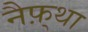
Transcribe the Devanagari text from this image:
नैफ़्था